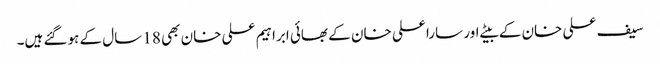
سیف علی خان کے بیٹے اور سارا علی خان کے بھائی ابراہیم علی خان بھی 18 سال کے ہوگئے ہیں۔